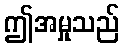
ဤအမှုသည်